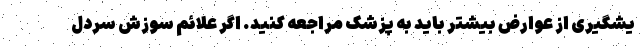
یشگیری از عوارض بیشتر باید به پزشک مراجعه کنید. اگر علائم سوزش سردل